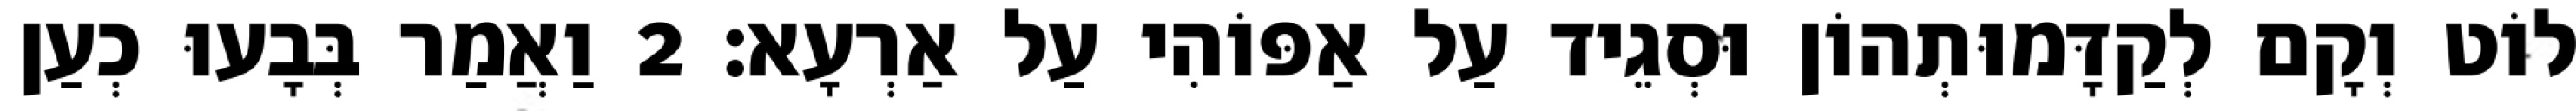
לוֹט וְקָם לְקַדָּמוּתְהוֹן וּסְגֵיד עַל אַפּוֹהִי עַל אַרְעָא׃ 2 וַאֲמַר בְּבָעוּ כְעַן